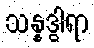
သန္နဒွါရာ